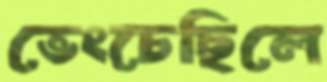
ভেংচেছিলে